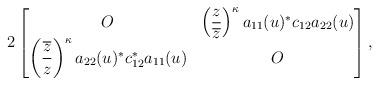
LaTeX: \begin{gather*}2\begin{bmatrix}O & \left( \dfrac{z}{\overline{z}}\right) ^{\kappa}a_{11}(u)^{\ast}c_{12}a_{22}(u) \\\left( \dfrac{\overline{z}}{z}\right) ^{\kappa}a_{22}(u)^{\ast}c_{12}^{\ast}a_{11}(u) & O\end{bmatrix},\end{gather*}